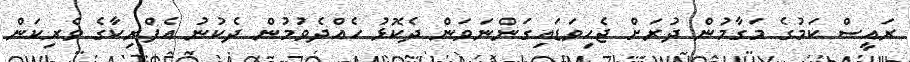
ރައީސް ކަމުގެ މަގާމުން ދުރަށް ޖެހިވަޑައިގަންނަވަން ދެކޮޅު ހެއްދެވުމުން ދެކުނު އެފްރިކާގެ ވެރިކަން